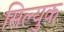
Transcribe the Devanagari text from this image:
सिल्युक